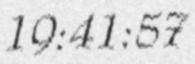
19:41:57